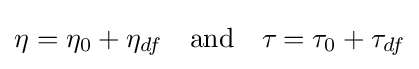
\eta _{}=\eta _{0}+\eta _{df}\quad {\text{and}}\quad \tau _{}=\tau _{0}+\tau _{df}